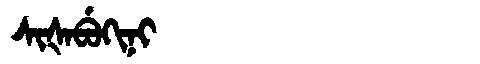
Manchu: ᠰᡳᡧᠠᠪᡠᡴᡳᠨᡳ
Romanization: SIŠABUKINI